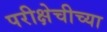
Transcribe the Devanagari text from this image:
परीक्षेचीच्या